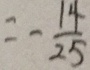
= - \frac { 1 4 } { 2 5 }